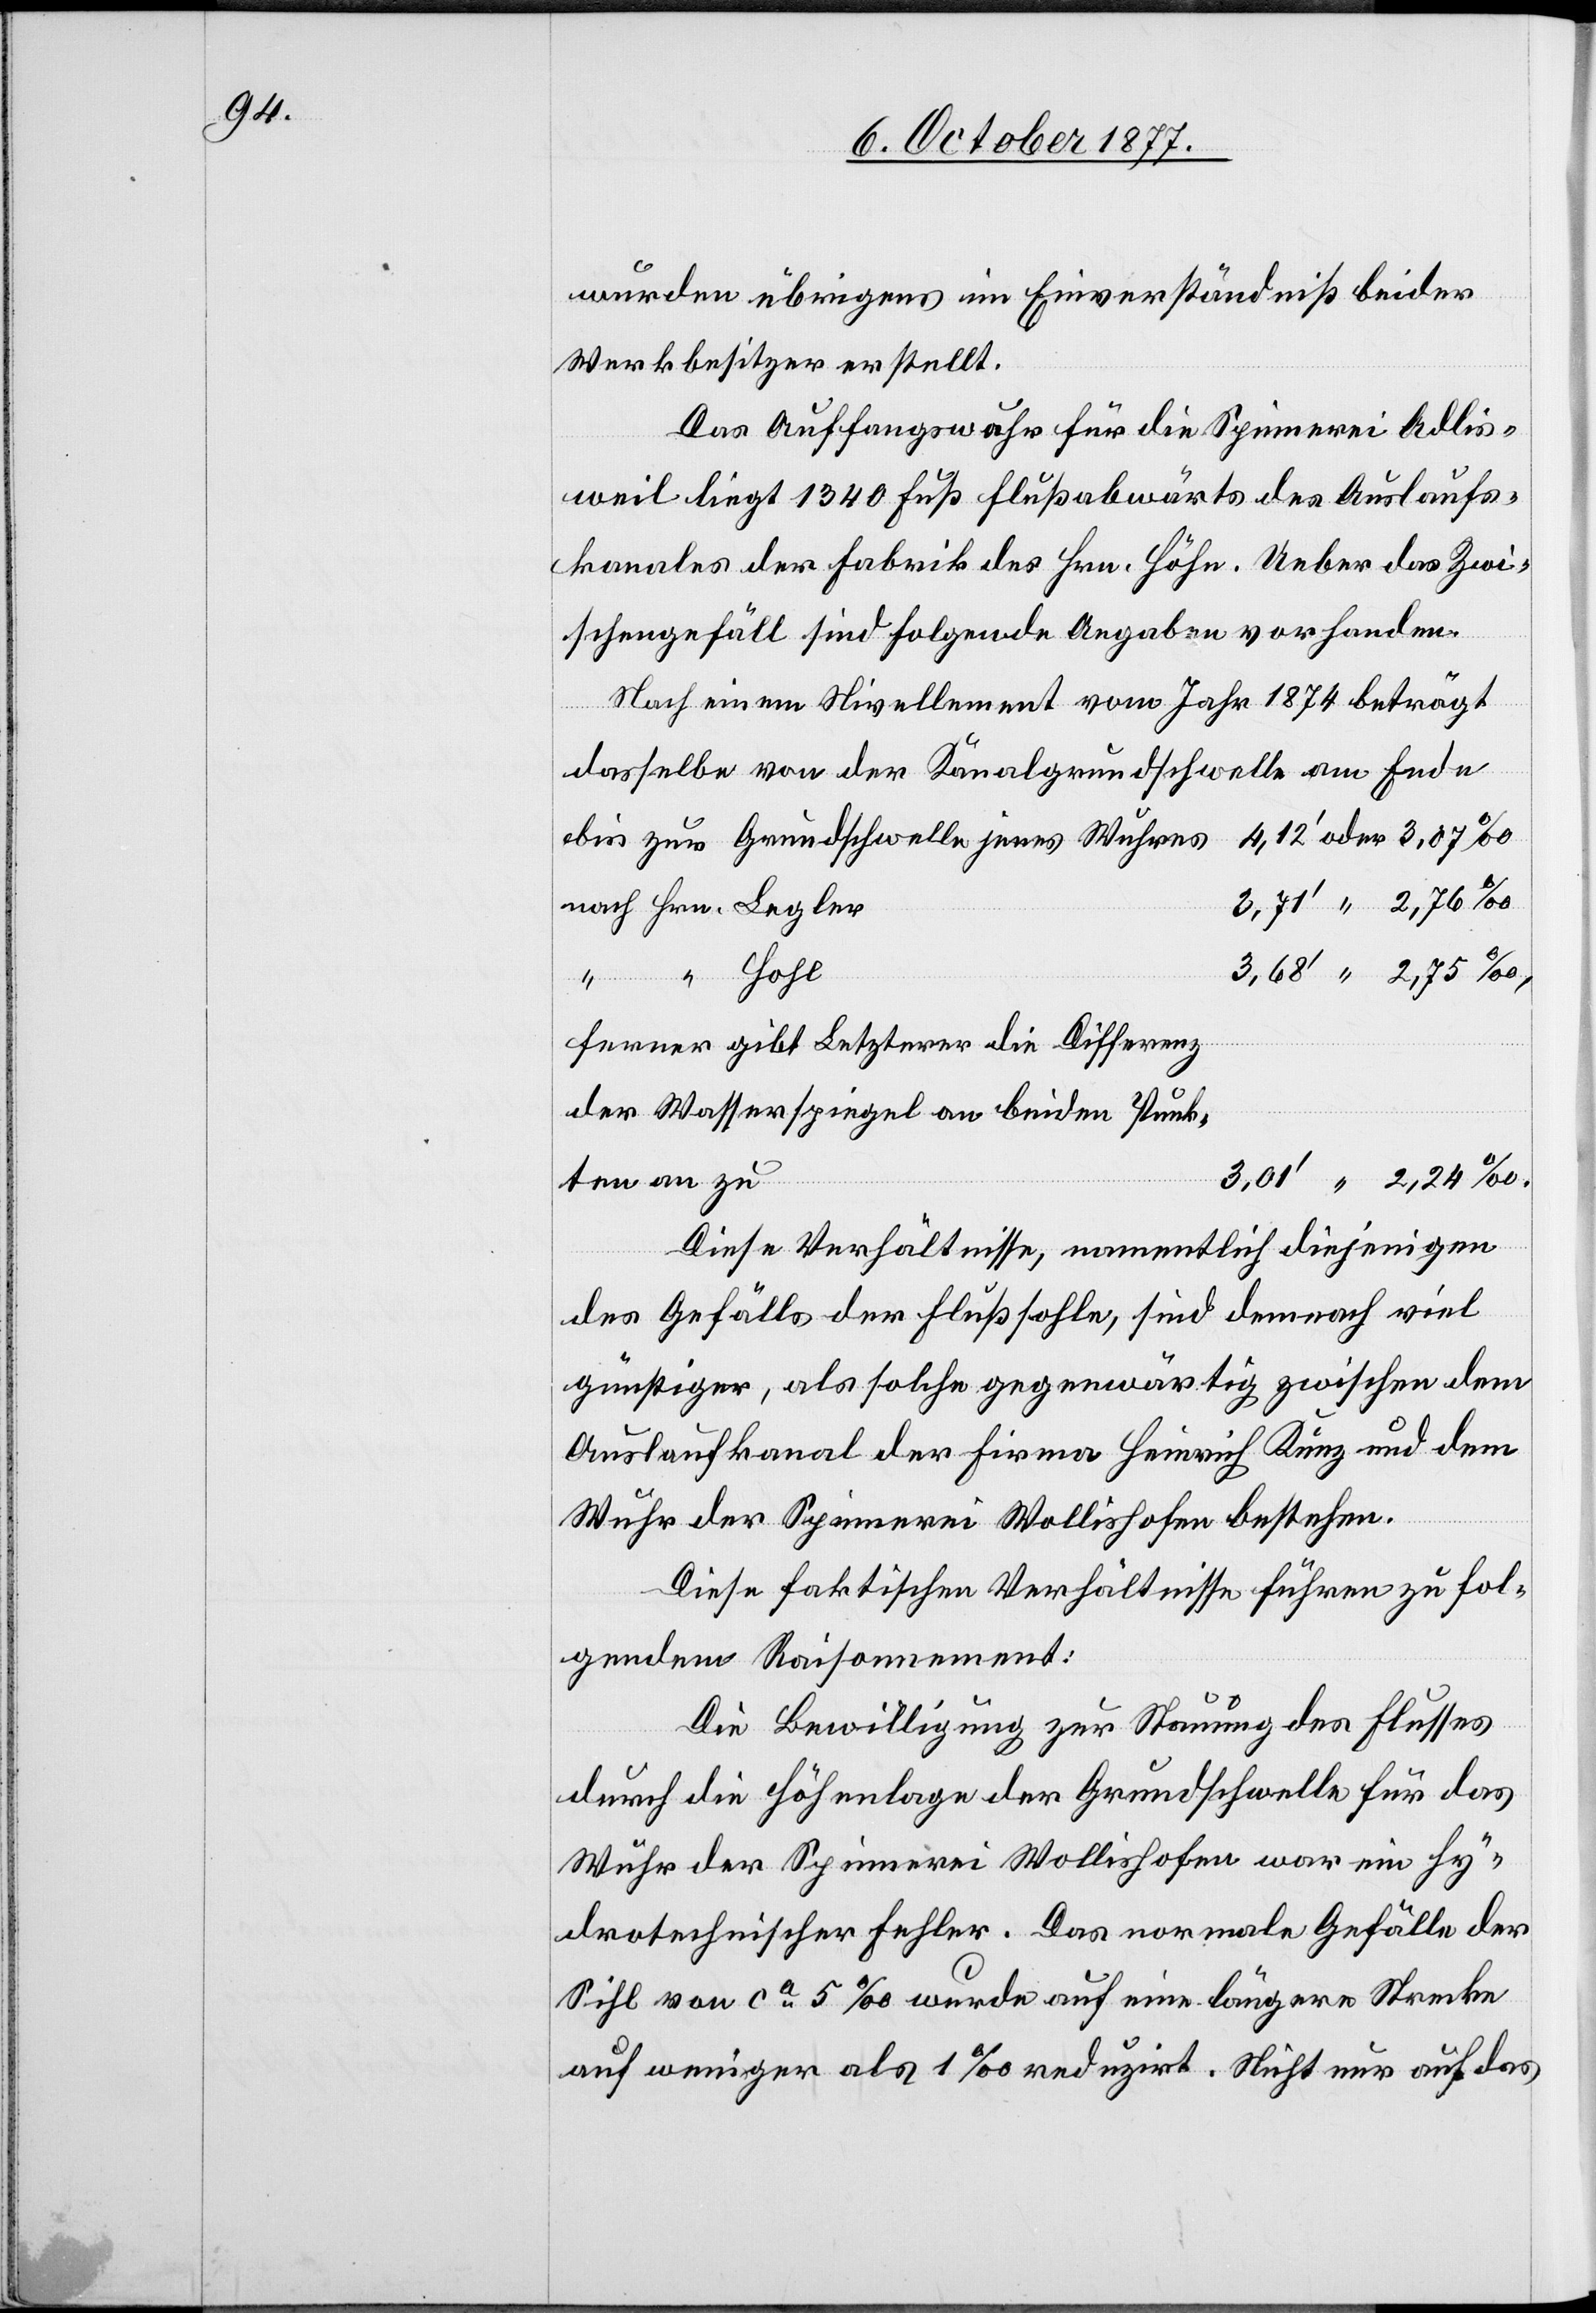
wurden übrigens im Einverständniß beider
Werkbesitzer erstellt.
Das Auffangswuhr für die Spinnerei Adlis¬
weil liegt 1340 Fuß flußabwärts des Auslaufs¬
kanales der Fabrik des Hrn. Höhn. Ueber das Zwi¬
jenes
schengefäll sind folgende Angaben vorhanden.
Nach einem Nivellement vom Jahr 1874 beträgt
dasselbe von der Kanalgrundschwelle am
nach Hrn. Legler
“ “ Hohl
ferner gibt Letzterer die Differenz
der Wasserspiegel an beiden Punk¬
ten an zu
3,01‘ “ 2,24‰.
Diese Verhältnisse, namentlich diejenigen
des Gefälls der Flußsohle, sind demnach viel
günstiger, als solche gegenwärtig zwischen dem
Auslaufkanal der Firma Heinrich Kunz und dem
Wuhr der Spinnerei Wollishofen bestehen.
Diese faktischen Verhältnisse führen zu fol¬
gendem Raisonnement:
Die Bewilligung zur Stauung des Flusses
durch die Höhenlage der Grundschwelle für das
Wuhr der Spinnerei Wollishofen war ein hy¬
drotechnischer Fehler. Das normale Gefälle der
Sihl von ca 5‰ wurde auf eine längere Strecke
auf weniger als 1‰ reduzirt. Nicht nur auf das

oder